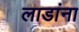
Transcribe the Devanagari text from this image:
लाडांना